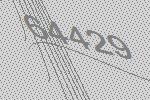
64429